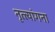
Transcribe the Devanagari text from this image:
नृत्त्यांगना